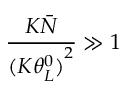
\frac { { K \bar { N } } } { ( K { { \theta _ { L } ^ { 0 } ) } ^ { 2 } } } \gg 1